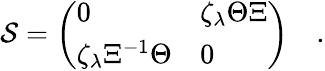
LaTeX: {\cal S}=\left(\begin{array}{ll}{{0}}&{{\zeta_{\lambda}\Theta\Xi}}\\ {{\zeta_{\lambda}\Xi^{-1}\Theta}}&{{0}}\end{array}\right)\quad.